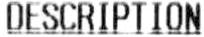
DESCRIPTION